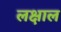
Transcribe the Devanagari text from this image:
लक्षाल